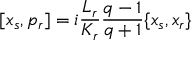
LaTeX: [ x _ { s } , p _ { r } ] = i \frac { L _ { r } } { K _ { r } } \frac { q - 1 } { q + 1 } \{ x _ { s } , x _ { r } \}